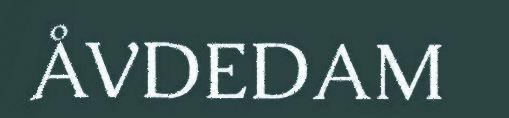
ÅVDEDAM